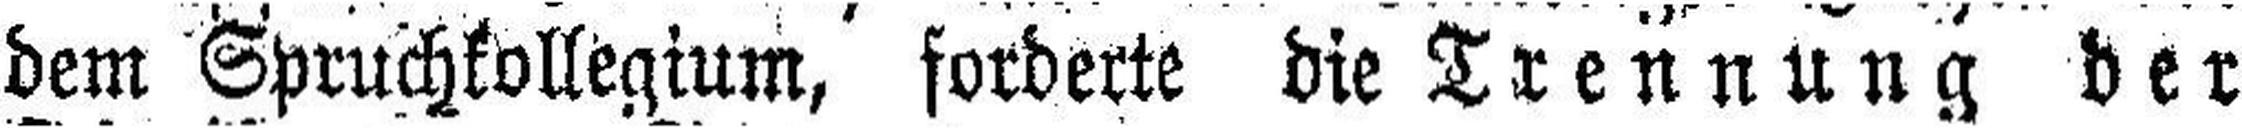
dem Spruchkollegium, forderte die Trennung der